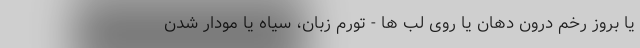
یا بروز رخم درون دهان یا روی لب ها - تورم زبان، سیاه یا مودار شدن